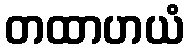
တထာဟယံ